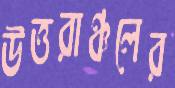
উত্তরাঞ্চলের